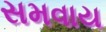
સમવાય